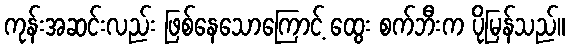
ကုန်းအဆင်းလည်း ဖြစ်နေသောကြောင့် ထွေး စက်ဘီးက ပိုမြန်သည်။